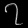
Digit: ၇